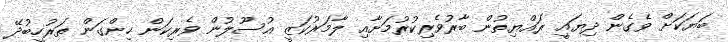
ބަޔަކަށް ވެގެން ދިޔައީ ރައްޔިތުން ބާރުވެރިކުރުމަށާއި ލާމަރުކަޒީ އުސޫލުން ވެރިކަން ހިންގަން ތަރުހީބުދޭ